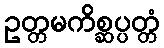
ဥတ္တမကိစ္ဆပ္ပတ္တံ